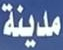
مدينة